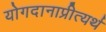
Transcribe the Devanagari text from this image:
योगदानाप्रीत्यर्थ